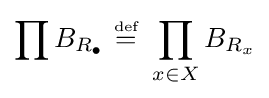
\prod B_{R_{\bullet }}~{\stackrel {\scriptscriptstyle {\text{def}}}{=}}~\prod _{x\in X}B_{R_{x}}